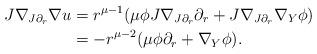
LaTeX: \begin{align*}J\nabla_{J\partial_r} \nabla u &= r^{\mu-1}(\mu\phi J\nabla_{J\partial_r}\partial_r + J\nabla_{J\partial_r} \nabla_Y\phi) \\&= -r^{\mu-2}(\mu \phi \partial_r + \nabla_Y \phi).\end{align*}